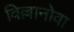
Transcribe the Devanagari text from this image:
विल्लानोवा